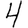
Digit: 4